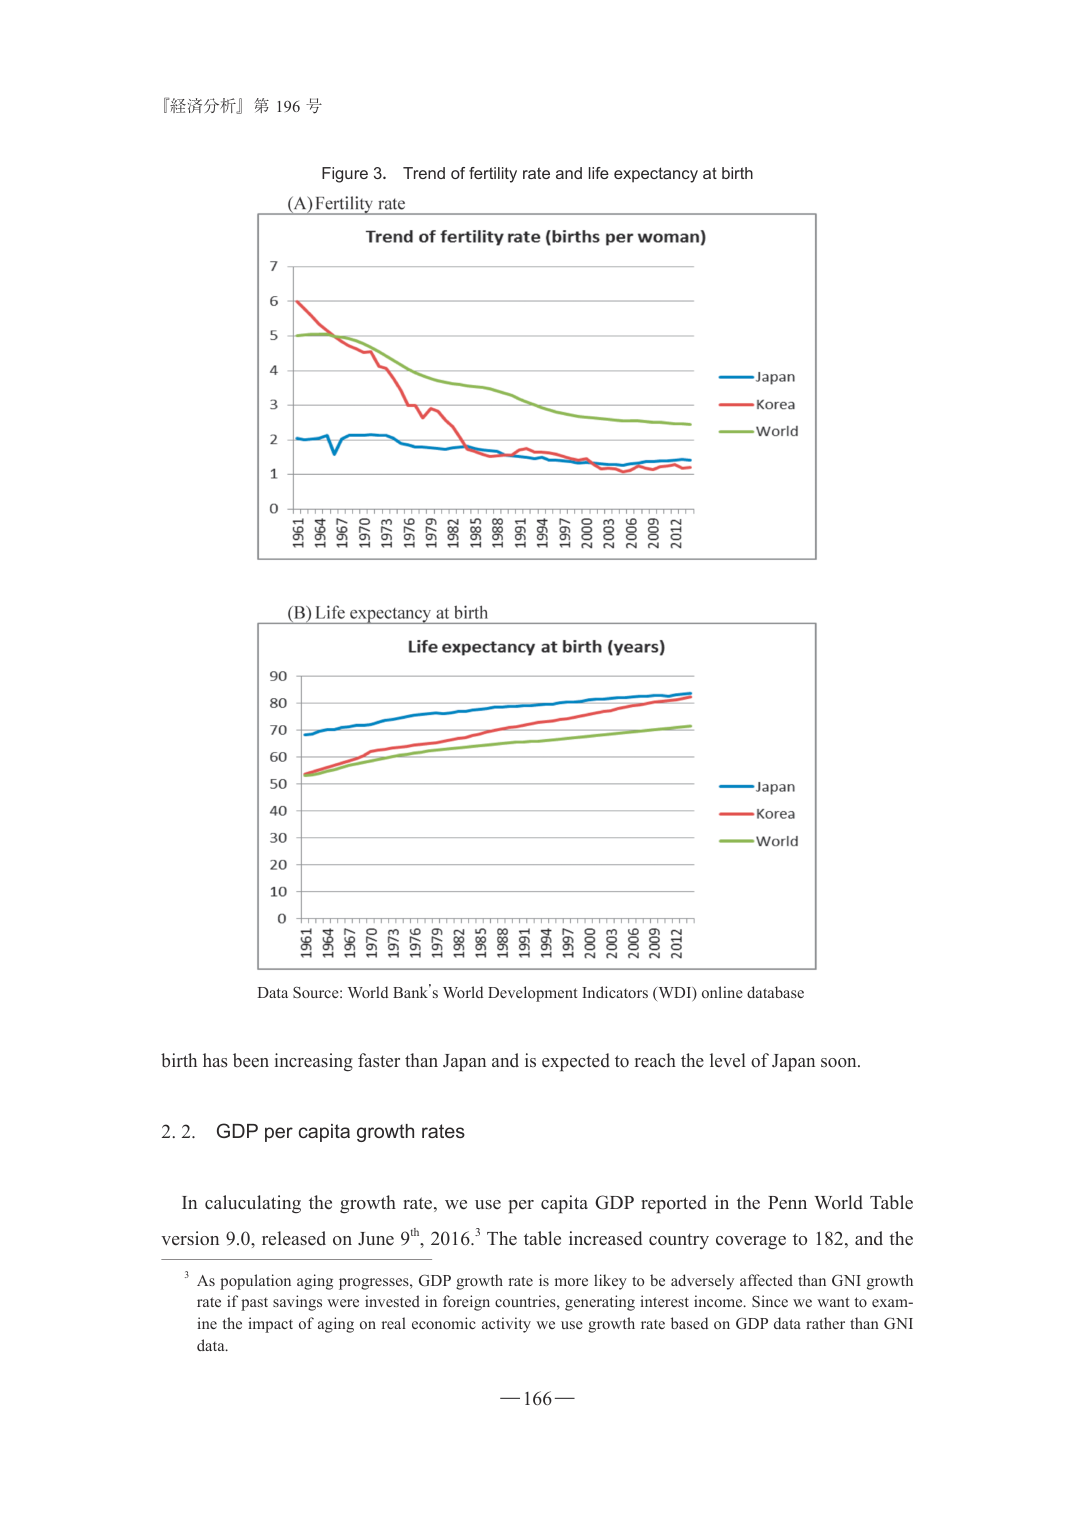
『経済分析』第 196 号

Figure 3. Trend of fertility rate and life expectancy at birth

(A) Fertility rate

Trend of fertility rate (births per woman)

Japan
Korea
World

1961 1964 1967 1970 1973 1976 1979 1982 1985 1988 1991 1994 1997 2000 2003 2006 2009 2012

(B) Life expectancy at birth

Life expectancy at birth (years)

Japan
Korea
World

1961 1964 1967 1970 1973 1976 1979 1982 1985 1988 1991 1994 1997 2000 2003 2006 2009 2012

Data Source: World Bank’s World Development Indicators (WDI) online database

birth has been increasing faster than Japan and is expected to reach the level of Japan soon.

2.2. GDP per capita growth rates

In calculating the growth rate, we use per capita GDP reported in the Penn World Table version 9.0, released on June 9th, 2016.³ The table increased country coverage to 182, and the

³ As population aging progresses, GDP growth rate is more likely to be adversely affected than GNI growth rate if past savings were invested in foreign countries, generating interest income. Since we want to examine the impact of aging on real economic activity we use growth rate based on GDP data rather than GNI data.

— 166 —